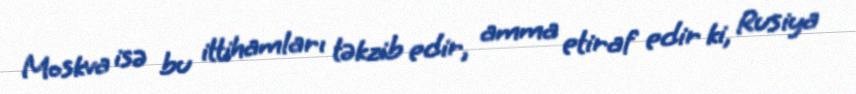
Moskva isə bu ittihamları təkzib edir, amma etiraf edir ki, Rusiya